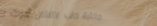
مكتبة كتب الأطفال أدوات ا